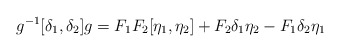
\begin{align*}g^{-1} [\delta_1, \delta_2] g = F_1 F_2 [\eta_1, \eta_2]+F_2 \delta_1 \eta_2 - F_1 \delta_2 \eta_1\end{align*}